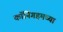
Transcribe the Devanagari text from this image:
कॉनिंगहमच्या